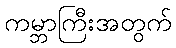
ကမ္ဘာကြီးအတွက်